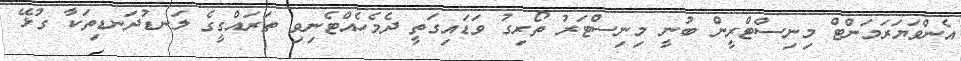
އެންވަޔަރަމަންޓް މިނިސްޓްރީން ބުނީ މިނިސްޓަރު ތޯރިގު ވަޑައިގަތީ ދެމެހެއްޓެނިވި ތަރައްގީގެ ލަނޑުދަނޑިތަކާ ގުޅޭ